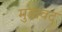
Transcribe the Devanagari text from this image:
मुडावद